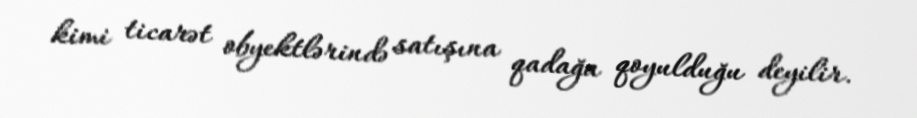
kimi ticarət obyektlərində satışına qadağa qoyulduğu deyilir.